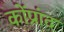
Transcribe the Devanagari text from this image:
कोंप्रांद